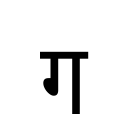
OCR:
ग